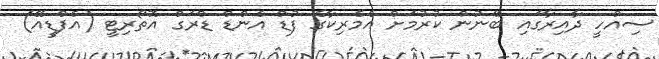
ސިއްހީ ދާއިރާގައި ބޭނުން ކުރުމަށް އެމެރިކާގެ ފުޑް އެންޑް ޑްރަގް އޮތޯރިޓީ (އެފްޑީއޭ)